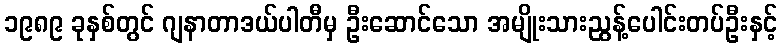
၁၉၈၉ ခုနှစ်တွင် ဂျနာတာဒယ်ပါတီမှ ဦးဆောင်သော အမျိုးသားညွန့်ပေါင်းတပ်ဦးနှင့်